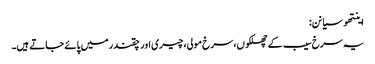
اینتھو سیانن:
یہ سرخ سیب کے چھلکوں، سرخ مولی، چیری اور چقندر میں پائے جاتے ہیں۔